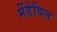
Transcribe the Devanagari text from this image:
मेंडेविल